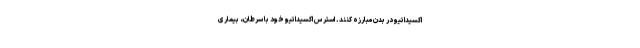
اکسیداتیو در بدن مبارزه کنند. استرس اکسیداتیو خود با سرطان، بیماری